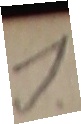
9